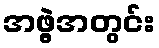
အဖွဲ့အတွင်း